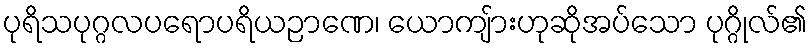
ပုရိသပုဂ္ဂလပရောပရိယဉာဏေ၊ ယောကျ်ားဟုဆိုအပ်သော ပုဂ္ဂိုလ်၏